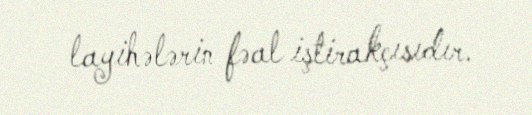
layihələrin fəal iştirakçısıdır.